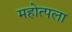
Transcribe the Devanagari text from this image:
महोत्पला